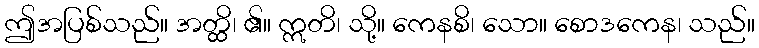
ဤအပြစ်သည်။ အတ္ထိ၊ ၏။ ဣတိ၊ သို့။ ကေနစိ၊ သော။ စောဒကေန၊ သည်။